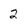
Character: 2